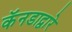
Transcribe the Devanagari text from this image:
कॅनडाद्वारे